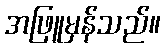
အဖြူမှန်သည်။